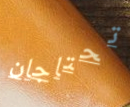
تحتاجان